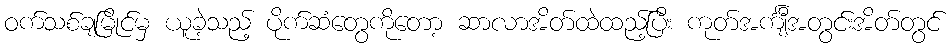
ဝက်သစ်ချမြိုင်မှ ယူခဲ့သည့် ပိုက်ဆံတွေကိုတော့ ဆာလာအိတ်ထဲထည့်ပြီး ကုတ်အင်္ကျီအတွင်းအိတ်တွင်